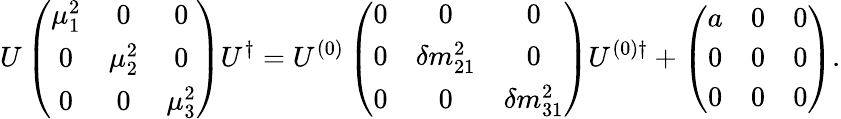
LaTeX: U\left(\begin{array}{ccc}{{\mu_{1}^{2}}}&{{0}}&{{0}}\\ {{0}}&{{\mu_{2}^{2}}}&{{0}}\\ {{0}}&{{0}}&{{\mu_{3}^{2}}}\end{array}\right)U^{\dagger}=U^{(0)}\left(\begin{array}{ccc}{{0}}&{{0}}&{{0}}\\ {{0}}&{{\delta m_{21}^{2}}}&{{0}}\\ {{0}}&{{0}}&{{\delta m_{31}^{2}}}\end{array}\right)U^{(0)\dagger}+\left(\begin{array}{ccc}{{a}}&{{0}}&{{0}}\\ {{0}}&{{0}}&{{0}}\\ {{0}}&{{0}}&{{0}}\end{array}\right).